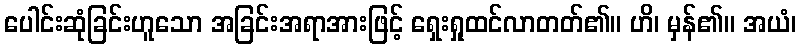
ပေါင်းဆုံခြင်းဟူသော အခြင်းအရာအားဖြင့် ရှေးရှုထင်လာတတ်၏။ ဟိ၊ မှန်၏။ အယံ၊